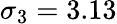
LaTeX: \sigma_{3}=3.13